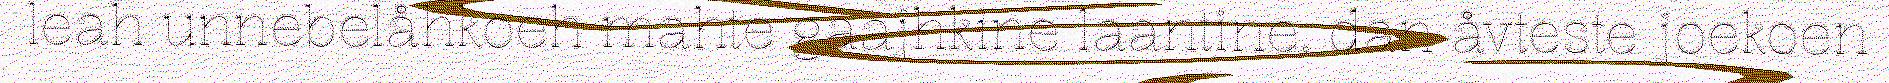
leah unnebelåhkoeh mahte gaajhkine laantine, dan åvteste joekoen